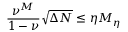
\frac { \nu ^ { M } } { 1 - \nu } \sqrt { \Delta N } \leq \eta M _ { \eta }